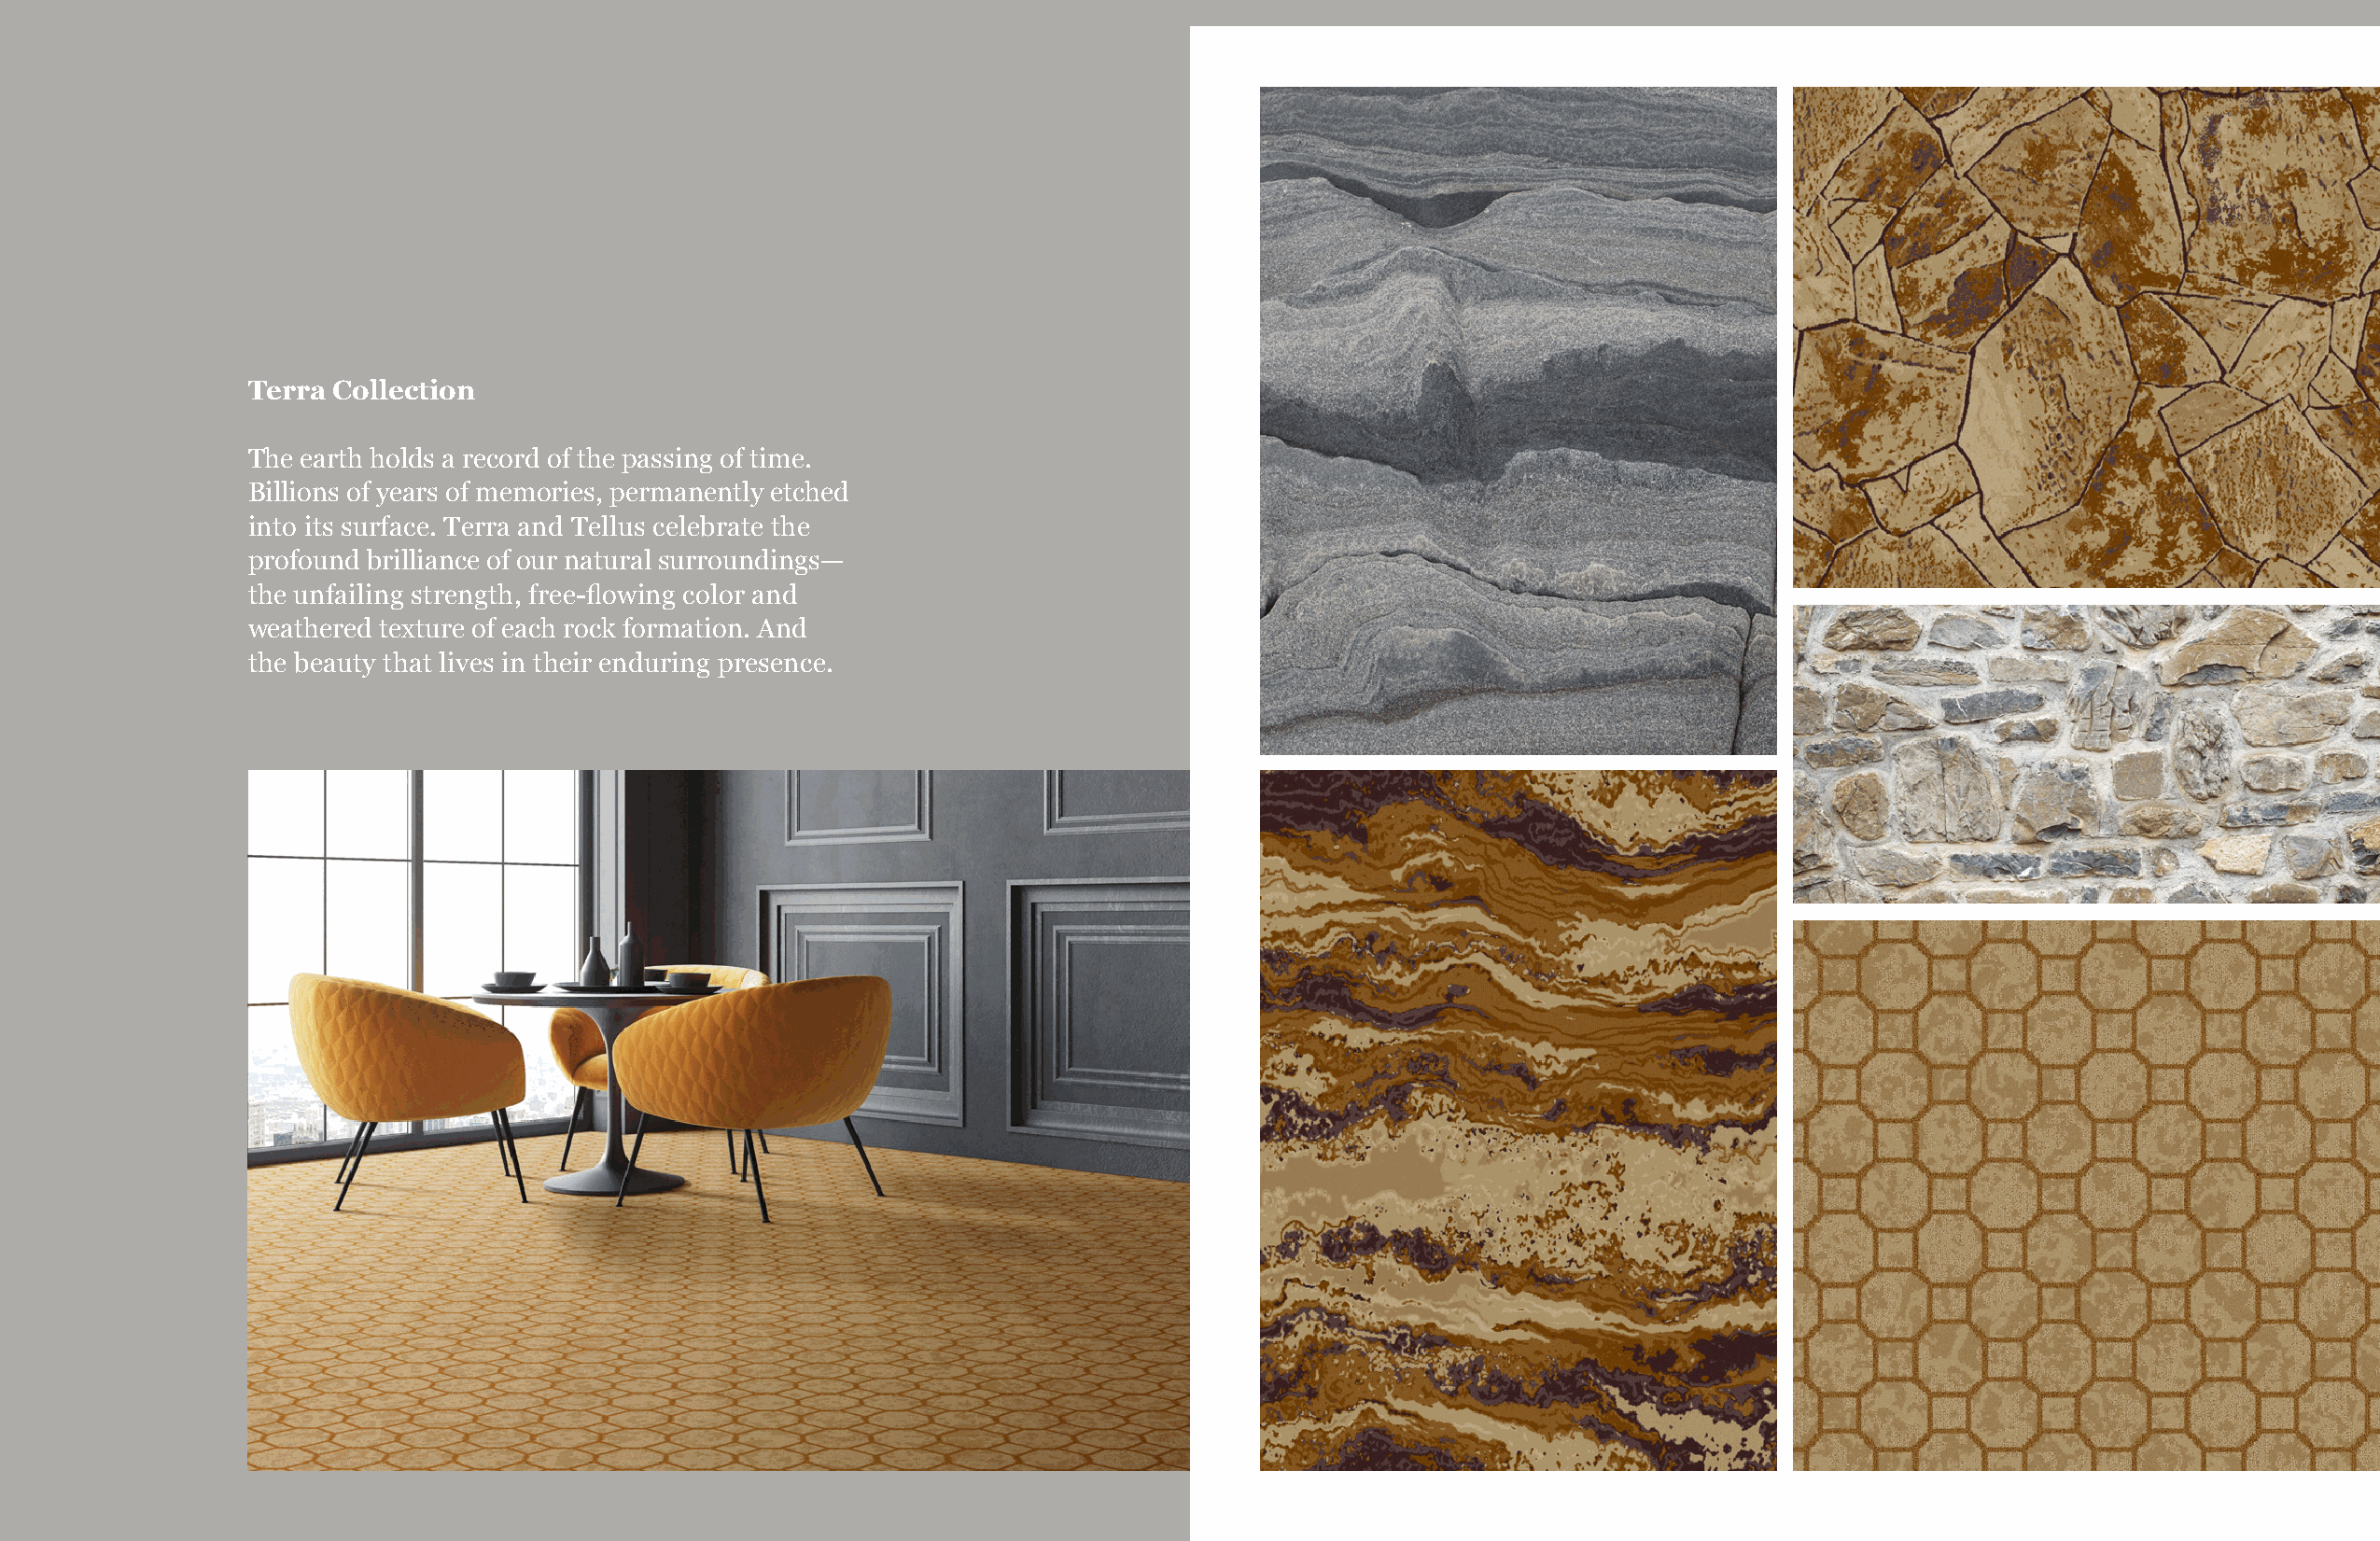
Broadloom | Public Space                                                             Broadloom | Public Space
 Terra Collection
 The earth holds a record of the passing of time.
 Billions of years of memories, permanently etched
 into its surface. Terra and Tellus celebrate the
 profound brilliance of our natural surroundings—
 the unfailing strength, free-flowing color and
 weathered texture of each rock formation. And
 the beauty that lives in their enduring presence.
 TARKETTHOSPITALITY.COM | 90